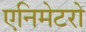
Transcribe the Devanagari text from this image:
एनिमेटरो